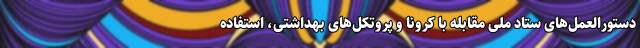
دستورالعمل‌های ستاد ملی مقابله با کرونا و پروتکل‌های بهداشتی، استفاده